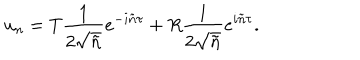
u _ { n } = T \frac { 1 } { 2 \sqrt { \tilde { n } } } e ^ { - i \tilde { n } \tau } + R \frac { 1 } { 2 \sqrt { \tilde { n } } } e ^ { i \tilde { n } \tau } .